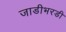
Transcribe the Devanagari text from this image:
जाडीभरडी